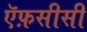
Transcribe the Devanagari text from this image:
ऍफ़सीसी